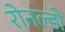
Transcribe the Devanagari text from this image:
रोनल्डो